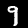
Digit: 9